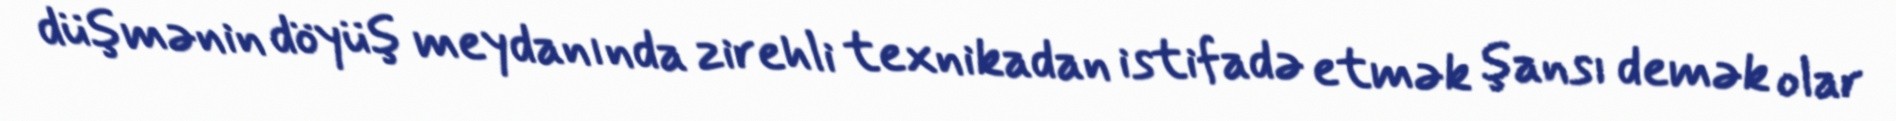
düşmənin döyüş meydanında zirehli texnikadan istifadə etmək şansı demək olar